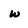
Character: w